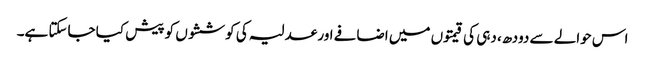
اس حوالے سے دودھ، دہی کی قیمتوں میں اضافے اور عدلیہ کی کوششوں کو پیش کیا جاسکتا ہے۔